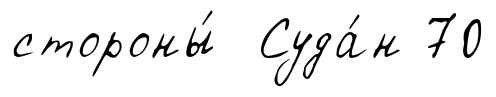
стороны́ Суда́н 70